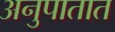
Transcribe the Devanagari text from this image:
अनुपातात